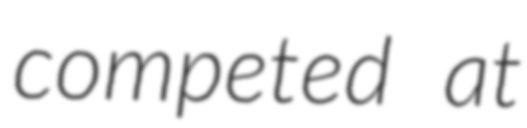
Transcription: competed at